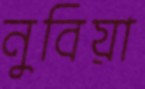
নুবিয়া